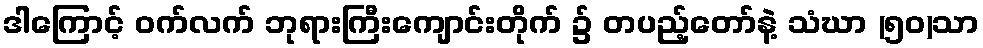
ဒါကြောင့် ဝက်လက် ဘုရားကြီးကျောင်းတိုက် ၌ တပည့်တော်နဲ့ သံဃာ (၅၀)သာ